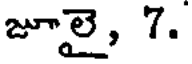
జూలై, 7.